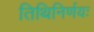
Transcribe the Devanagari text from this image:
तिथिनिर्णयः